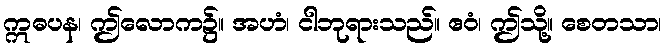
ဣဓပန၊ ဤလောက၌။ အဟံ၊ ငါဘုရားသည်။ ဧဝံ၊ ဤသို့။ စေတသာ၊